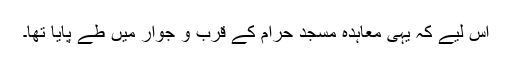
اس لیے کہ یہی معاہدہ مسجد حرام کے قرب و جوار میں طے پایا تھا۔